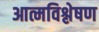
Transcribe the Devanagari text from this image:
आत्मविश्लेषण